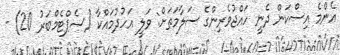
އެންމެ އިސްކަން ދެނީ ހައްޖުވެރިންގެ ސަލާމަތަށް: ވަލީ އަހުދުމައްކާ (ސެޕްޓެމްބަރު 20) -